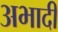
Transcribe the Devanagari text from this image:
अभादी